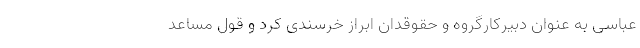
عباسی به عنوان دبیرکارگروه و حقوقدان ابراز خرسندی کرد و قول مساعد